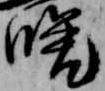
晩